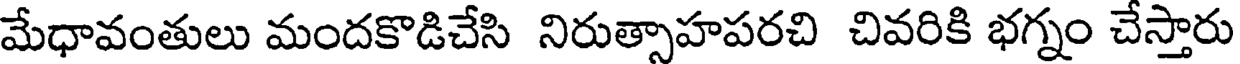
మేధావంతులు మందకొడిచేసి నిరుత్సాహపరచి చివరికి భగ్నం చేస్తారు